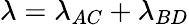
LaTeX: \lambda=\lambda_{AC}+\lambda_{BD}